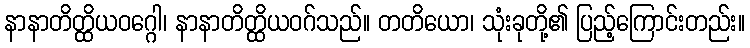
နာနာတိတ္ထိယဝဂ္ဂေါ၊ နာနာတိတ္ထိယဝဂ်သည်။ တတိယော၊ သုံးခုတို့၏ ပြည့်ကြောင်းတည်း။